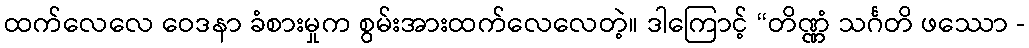
ထက်လေလေ ဝေဒနာ ခံစားမှုက စွမ်းအားထက်လေလေတဲ့။ ဒါကြောင့် “တိဏ္ဏံ သင်္ဂတိ ဖဿော -